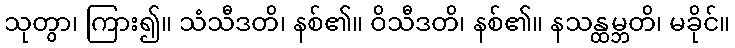
သုတွာ၊ ကြား၍။ သံသီဒတိ၊ နစ်၏။ ဝိသီဒတိ၊ နစ်၏။ နသန္ထမ္ဘတိ၊ မခိုင်။